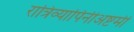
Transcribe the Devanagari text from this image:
रात्रिव्यापिनीअष्टमी